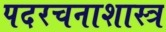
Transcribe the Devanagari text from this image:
पदरचनाशास्त्र